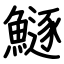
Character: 鱁